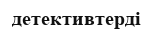
детективтерді